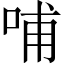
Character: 哺